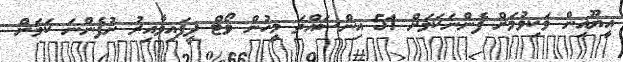
އީޔޫއިން ވަކިވުމަށް ފެންނަކަމަށް 51 އިންސައްތަ މީހުން ވޯޓް ދީފައިވާއިރު ނުފެންނަ ކަމަށް